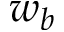
w _ { b }